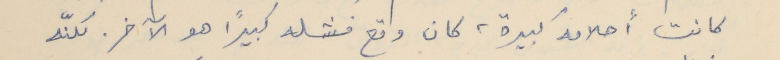
كانت أحلامه كبيرة، كان وقع فشله كبيراً هو الآخر. لكنّه